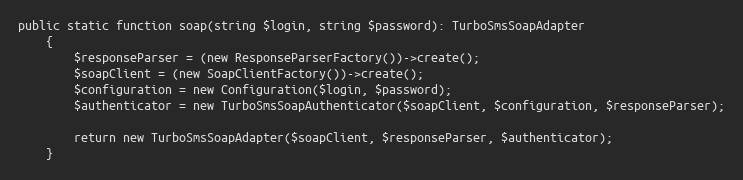
Language: PHP
public static function soap(string $login, string $password): TurboSmsSoapAdapter
    {
        $responseParser = (new ResponseParserFactory())->create();
        $soapClient = (new SoapClientFactory())->create();
        $configuration = new Configuration($login, $password);
        $authenticator = new TurboSmsSoapAuthenticator($soapClient, $configuration, $responseParser);

        return new TurboSmsSoapAdapter($soapClient, $responseParser, $authenticator);
    }